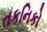
તકનિકો